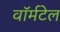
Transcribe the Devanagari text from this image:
वॉर्मटेल